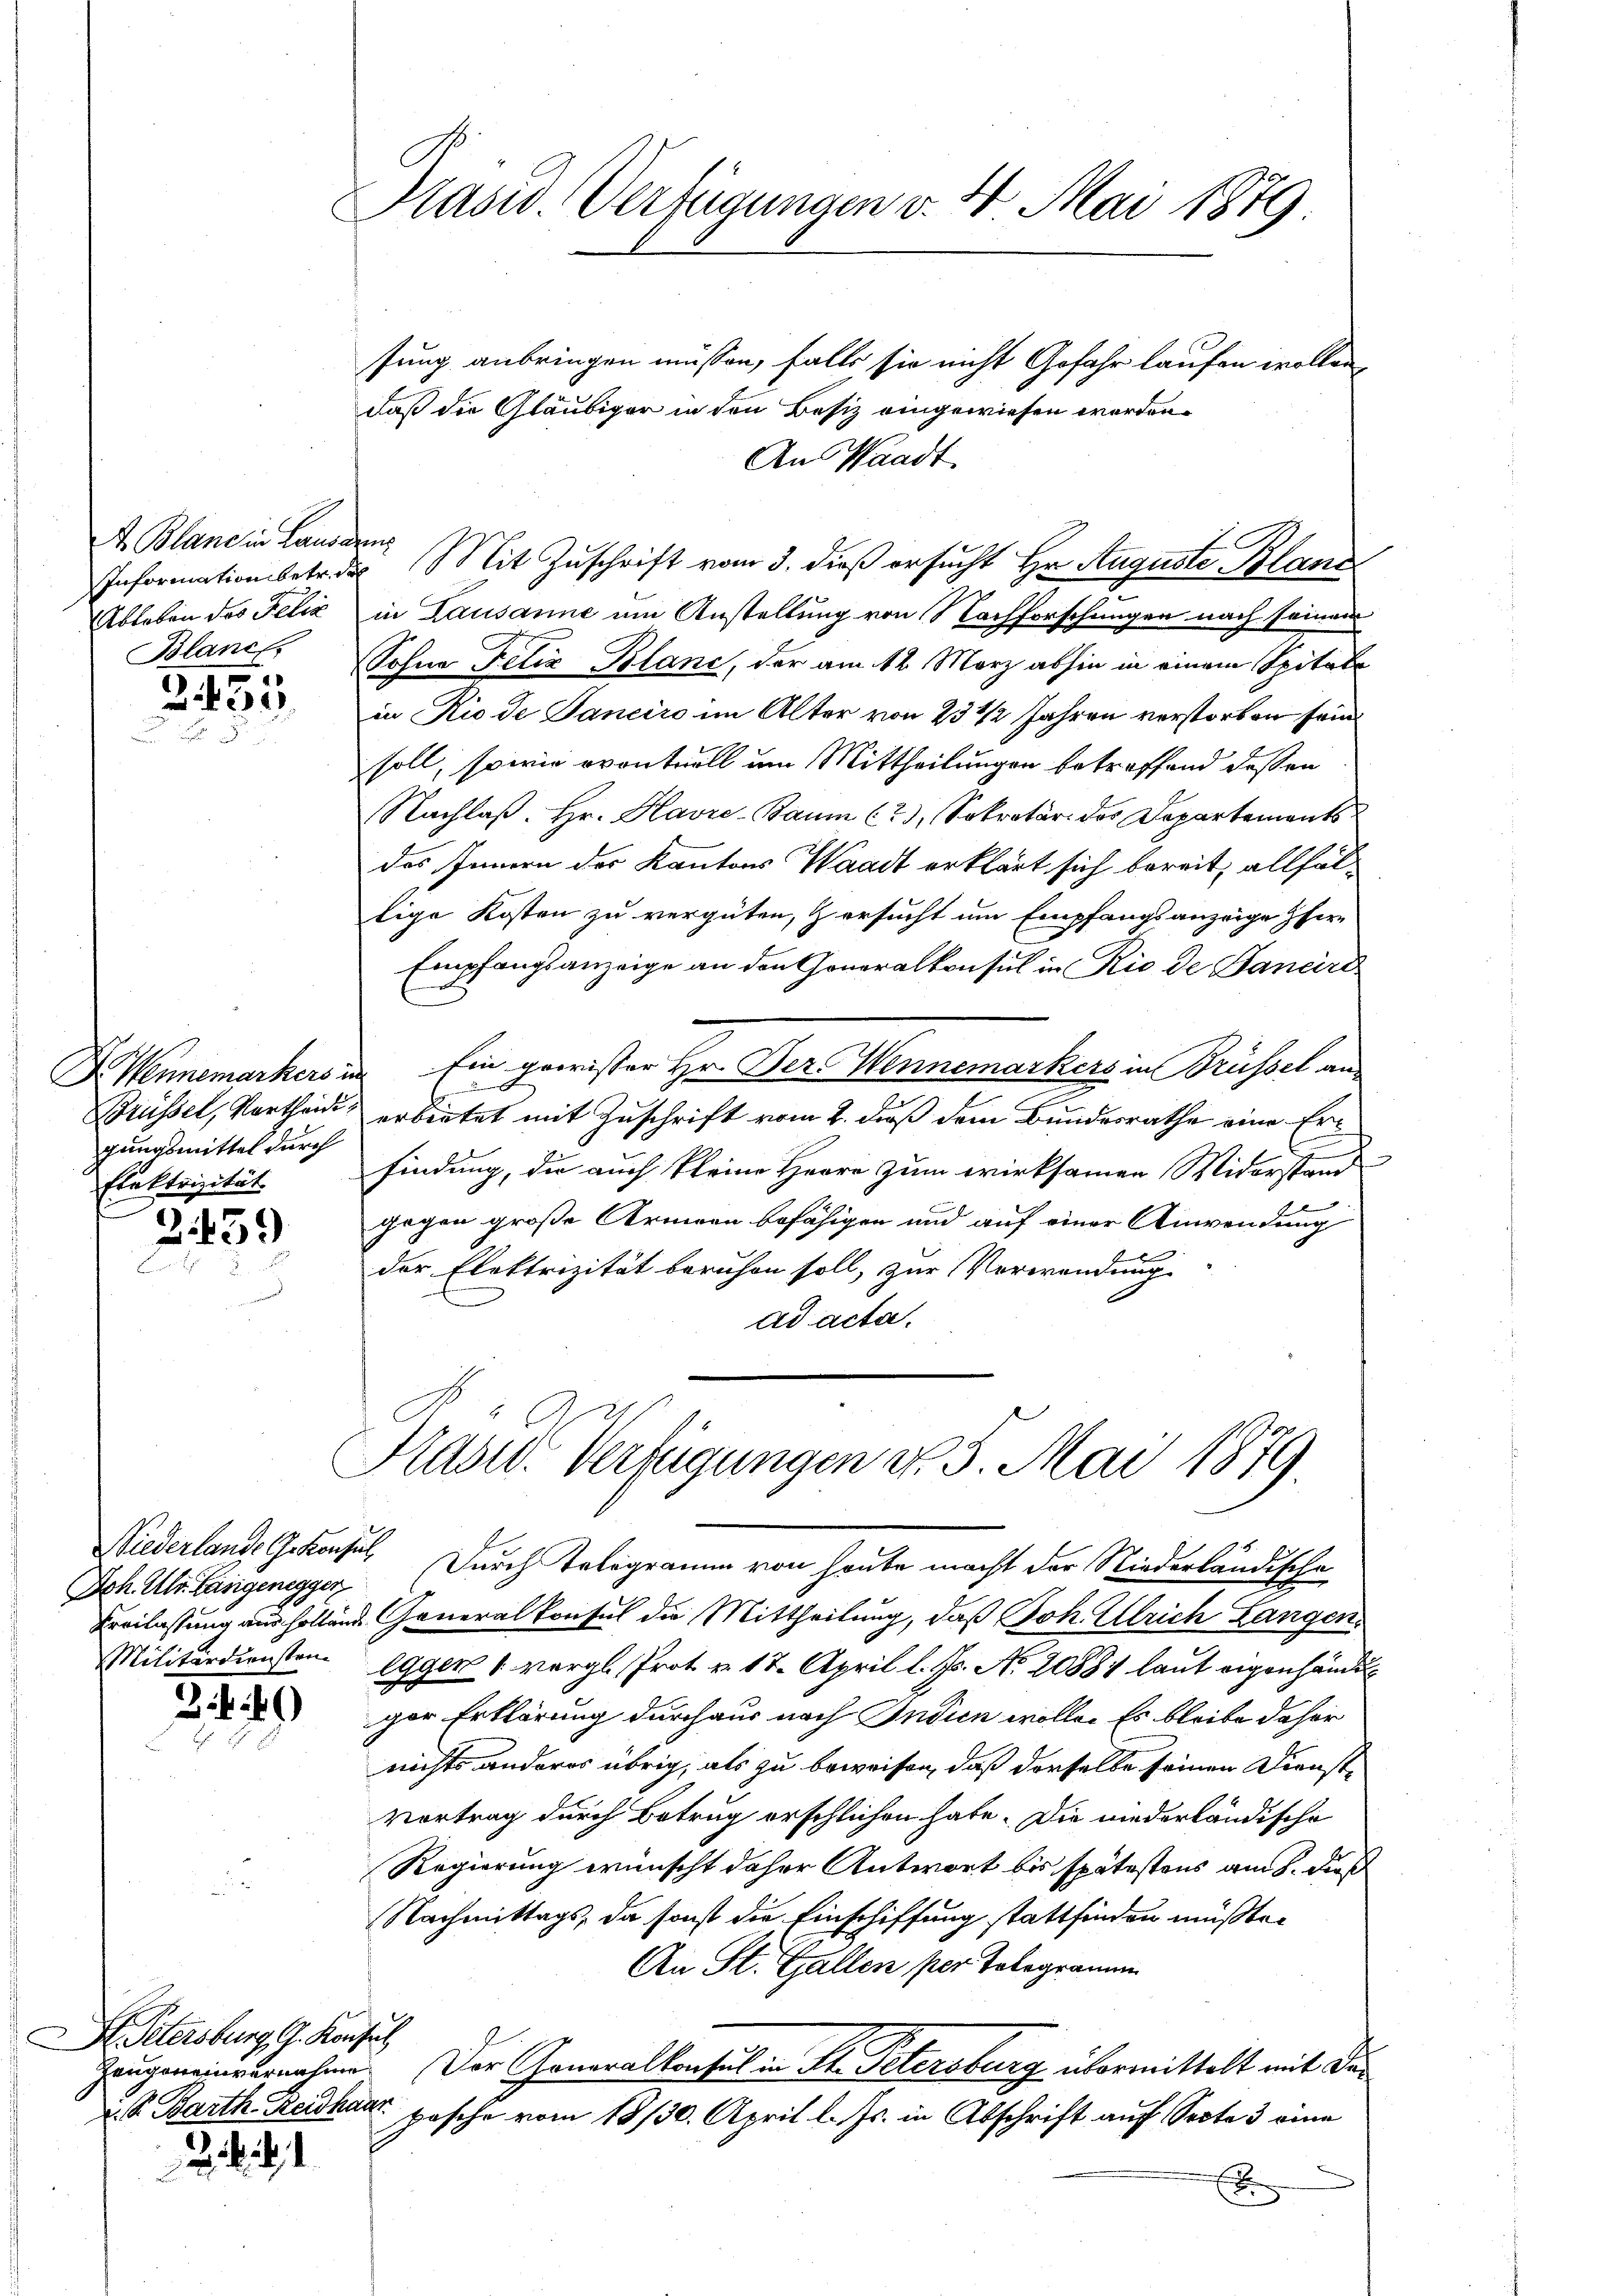
A Bland in Lausarens
Ableben das Felix

.
2233

Brüssel, Vertheidigungsmittel durch
Elektrizität

2459

Joh. Als Lasigenegger

2)

Dr. Petersburg, G. Konsul
d. P. Barth. Reidhaar

. . .

Präsid. Verfügungen v. 4. Mai 1879

sung anbringen müssen, falls sie nicht Gefahr laufen wollen,
daß die Gläubiger in den Besiz eingewiesen worden.
An Waadt.
Informationsbetr.des Mit Zuschrift vom 3. dieß ersucht Hr. Auguste Blanz
in Lausanne um Anstellung von Nachforschungen nach seinem
Blanc, Sohne Felix Blanc, der am 12. März abhin in einem Spital
in Rio de Janeiro im Alter von 23 1/2 Jahren verstorben sein
soll, sowie eventuell um Mittheilungen betreffend deßen
Nachlaβ. Hr. Havre-Baum (2), Sekretär des Departements-
das Innern der Kantons Waadt erklärt sich bereit, allfällige Kosten zu vergüten, & ersucht um Empfangsanzeige Pfer¬
Empfangsanzeige an den Generalkonsul in Rio de Bancire
B. Wennemarkers in Ein gewisser Hr. Dez. Wennemarkers in Brüssel an
de
erbietet mit Zuschrift vom 2. daß dem Bundesrathe eine Erfindung, die auch kleine Herre zum wirksamen Widerstand
gegen große Armeen befähigen und auf einer Anwendung
der Elektrizität beruhen soll, zur Verwendung
ad acta.

Kasid. Verfügungen v. 5. Mai 1879.

Niederlande Gekonsul Durch Telegramm von heute macht der Niederländische
Kreilassung aus holtende Generalkonsul die Mittheilung, daß Joh. Ulrich Langen
Militärdiensten Egger (vergl. Prot v. 17. April l. Js. No. 20884 laut eigenhändl
ger Erklärung durchaus nach Indien wolle. Es bleibe daher
nichts anderes übrig, als zu beweisen, daß derselbe seinen Dienst¬
Vortrag durch Betrug erschlichen habe. Die niederländische
Regierung wünscht daher Antwort bis spätestens am 8. dieß
Nachmittags, da sonst die Einschiffung stattfinden müßte.
An St. Gallen per Telegramm
Zeugeneinvernahme. Der Generalkonsul in St. Petersburg übermittelt mit der
posche vom 18/30. April l. Js. in Abschrift auf Secte 3 eine
x